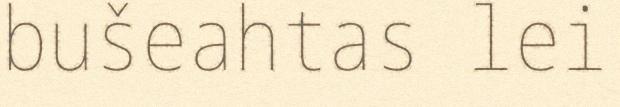
bušeahtas lei